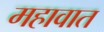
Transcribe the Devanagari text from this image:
महावात